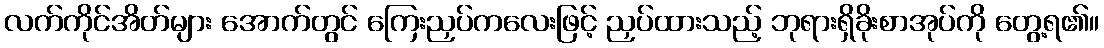
လက်ကိုင်အိတ်များ အောက်တွင် ကြေးညှပ်ကလေးဖြင့် ညှပ်ထားသည့် ဘုရားရှိခိုးစာအုပ်ကို တွေ့ရ၏။